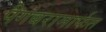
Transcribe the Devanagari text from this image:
पैगंबरामार्फत